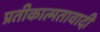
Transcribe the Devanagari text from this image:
प्रतीकात्मतावादी